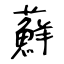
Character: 蘚